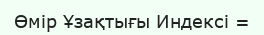
Өмір Ұзақтығы Индексі =